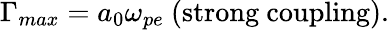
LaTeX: \Gamma_{max}=a_{0}\omega_{pe}\ \mathrm{(strong\ coupling)}.